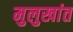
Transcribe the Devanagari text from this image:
मुलुखांत